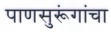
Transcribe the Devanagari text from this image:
पाणसुरूंगांचा